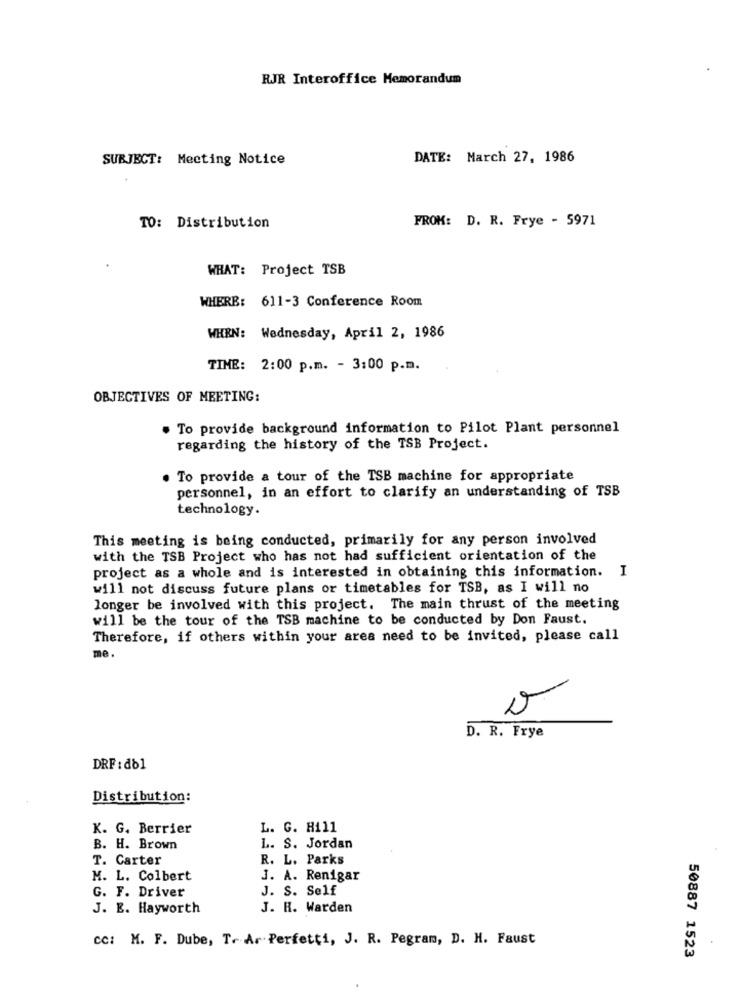
RJR Interoffice Memorandum
SUBJECT: Meeting Notice
DATE: March 27, 1986
FROM: D. R. Frye - 5971
TO: Distribution
WHAT: Project TSB
WHERE: 611-3 Conference Room
WHEN: Wednesday, April 2, 1986
TIME: 2:00 p.m. - 3:00 p.m.
OBJECTIVES OF MEETING:
. To provide background information to Pilot Plant personnel
regarding the history of the TSB Project.
. To provide a tour of the TSB machine for appropriate
personnel, in an effort to clarify an understanding of TSB
technology.
This meeting is being conducted, primarily for any person involved
with the TSB Project who has not had sufficient orientation of the
project as a whole and is interested in obtaining this information. I
will not discuss future plans or timetables for TSB, as I will no
longer be involved with this project. The main thrust of the meeting
will be the tour of the TSB machine to be conducted by Don Faust.
Therefore, if others within your area need to be invited, please call
me.
o
D. R. Frye
DRF: db1
Distribution:
K. G. Berrier
L. G. Hill
B. H. Brown
L. S. Jordan
T. Carter
R. L. Parks
M. L. Colbert
J. A. Renigar
G. F. Driver
J. S. Self
J. E. Hayworth
J. R. Warden
cc: M. F. Dube, T. Ar Perfetti, J. R. Pegram, D. H. Faust
50887 1523